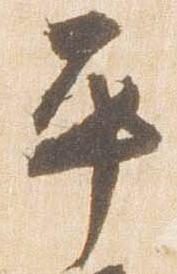
平